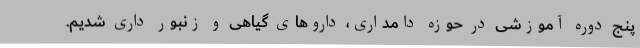
پنج دوره آموزشی در حوزه دامداری، داروهای گیاهی و زنبور داری شدیم.